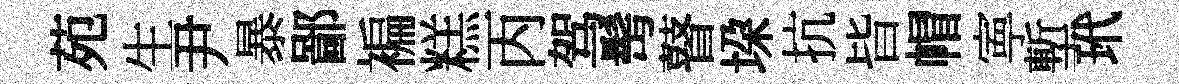
苑生尹暴鄙褊糕丙驾髩瞽垜抗𣅜帽寕塹玳